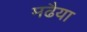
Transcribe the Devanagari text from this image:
मढैया